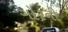
ગોરની